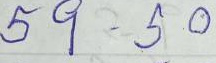
59 - 50